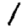
Digit: 1